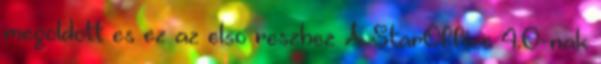
megoldott es ez az elso reszhez A StarOffice 4.0-nak